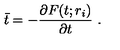
\bar { t } = - { \frac { \partial F ( t ; r _ { i } ) } { \partial t } } \ .